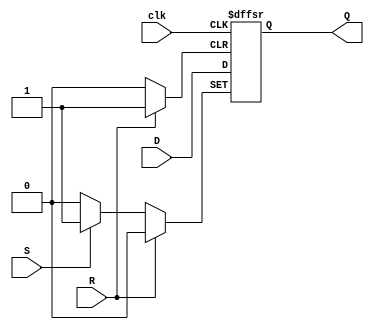
module dff_with_async_set_reset (
    input D,
    input S,
    input R,
    input clk,
    output reg Q
);

always @(posedge clk or posedge S or posedge R) begin
    if (S) begin
        Q <= 1'b1;
    end else if (R) begin
        Q <= 1'b0;
    end else begin
        Q <= D;
    end
end

endmodule